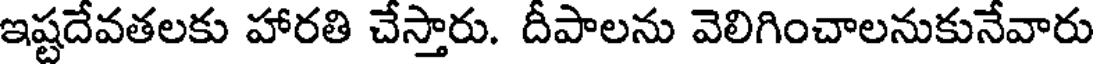
ఇష్టదేవతలకు హారతి చేస్తారు. దీపాలను వెలిగించాలనుకునేవారు